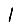
Digit: 1